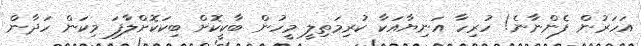
އަހަރުން ފެންނާނެ! ހުރިހާ އަނިޔާއަކާ ކުރިމަތިލީ މީހުން ބާކީކޮށް ބިކަކޮށްލާފަ މިކަން ހަދާން